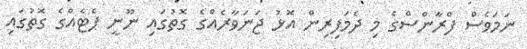
ނަމަވެސް ފްރާންސްގެ މި ދެމަފިރިން އޮޅު ޖަނަވާރެއްގެ ގޮތުގައި ނޫނީ ޕެޓެއްގެ ގޮތުގައި